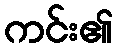
ကင်း၏